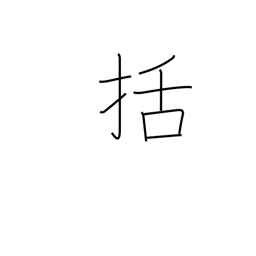
Meaning: fasten